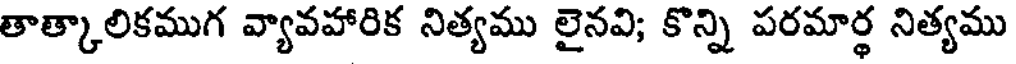
తాత్కాలికముగ వ్యావహారిక నిత్యము లైనవి; కొన్ని పరమార్థ నిత్యము